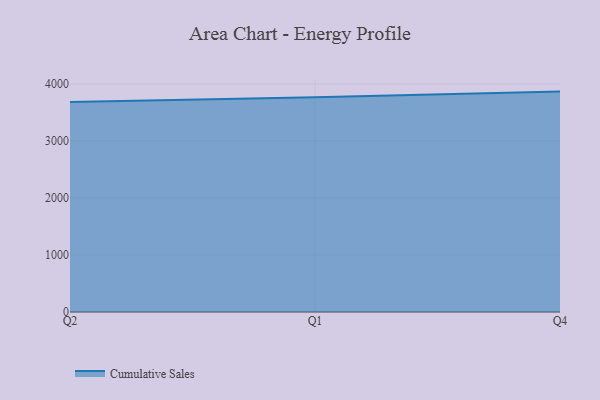
{"axis": {"x": "Quarter", "y": "Headcount"}, "legend": ["Cumulative Sales"], "data": [{"x": "Q2", "y": 3682.6, "type": "Cumulative Sales"}, {"x": "Q1", "y": 3766.2, "type": "Cumulative Sales"}, {"x": "Q4", "y": 3865.4, "type": "Cumulative Sales"}]}